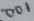
Text: 001